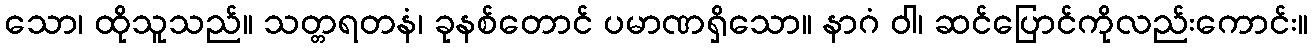
သော၊ ထိုသူသည်။ သတ္တရတနံ၊ ခုနစ်တောင် ပမာဏရှိသော။ နာဂံ ဝါ၊ ဆင်ပြောင်ကိုလည်းကောင်း။